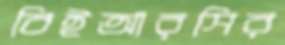
বিইআরসির